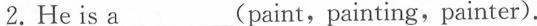
2.He is a ___(paint, painting,painter).